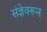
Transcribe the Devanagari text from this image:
संज्ञेवरून